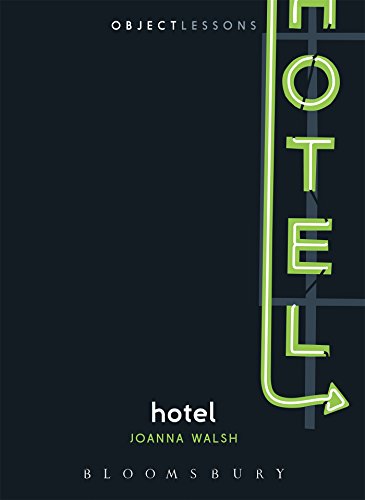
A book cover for Hotel (Object Lessons); Joanna Walsh; Politics & Social Sciences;